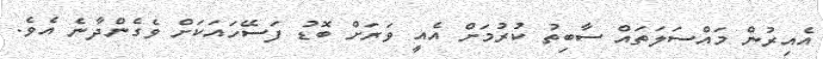
އެއިރުން މައްސަލަތައް ސާބިތު ކުރުމަށް އެއީ ވަރަށް ބޮޑު ފަސޭހައަކަށް ވެގެންދާނެ އެވެ.